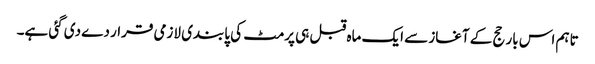
تاہم اس بار حج کے آغاز سے ایک ماہ قبل ہی پرمٹ کی پابندی لازمی قرار دے دی گئی ہے۔